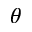
\theta